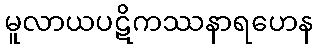
မူလာယပဋိကဿနာရဟေန